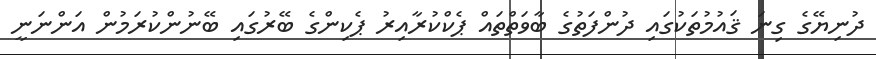
ދުނިޔޭގެ ގިނަ ޤައުމުތަކުގައި ދުންފަތުގެ ބާވަތްތައް ޕެކްކުރާއިރު ޕެކިންގެ ބޭރުގައި ބޭނުންކުރަމުން އަންނަނީ